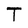
Character: T